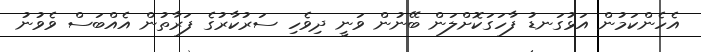
އެހެންކަމުން އަޅުގަނޑު ފާހަގަކޮށްލަން ބޭނުން ވަނީ ދިވެހި ސަރުކާރުގެ ފަރާތުން އެއްބަސް ވެވުނު